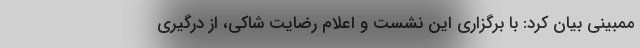
ممبینی بیان کرد: با برگزاری این نشست و اعلام رضایت شاکی، از درگیری